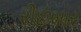
રીછમાર